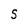
Character: S